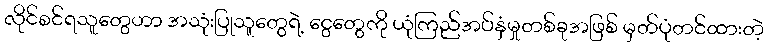
လိုင်စင်ရသူတွေဟာ အသုံးပြုသူတွေရဲ့ ငွေတွေကို ယုံကြည်အပ်နှံမှုတစ်ခုအဖြစ် မှတ်ပုံတင်ထားတဲ့